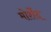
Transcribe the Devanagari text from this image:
मोर्शेद